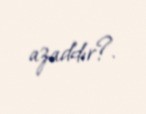
azaddır?.